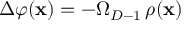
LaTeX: \Delta \varphi ( { \bf x } ) = - \Omega _ { D - 1 } \, \rho ( { \bf x } )